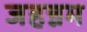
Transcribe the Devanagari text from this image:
जहन्नम